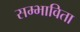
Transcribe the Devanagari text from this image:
सम्भाविता